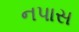
નપાસ